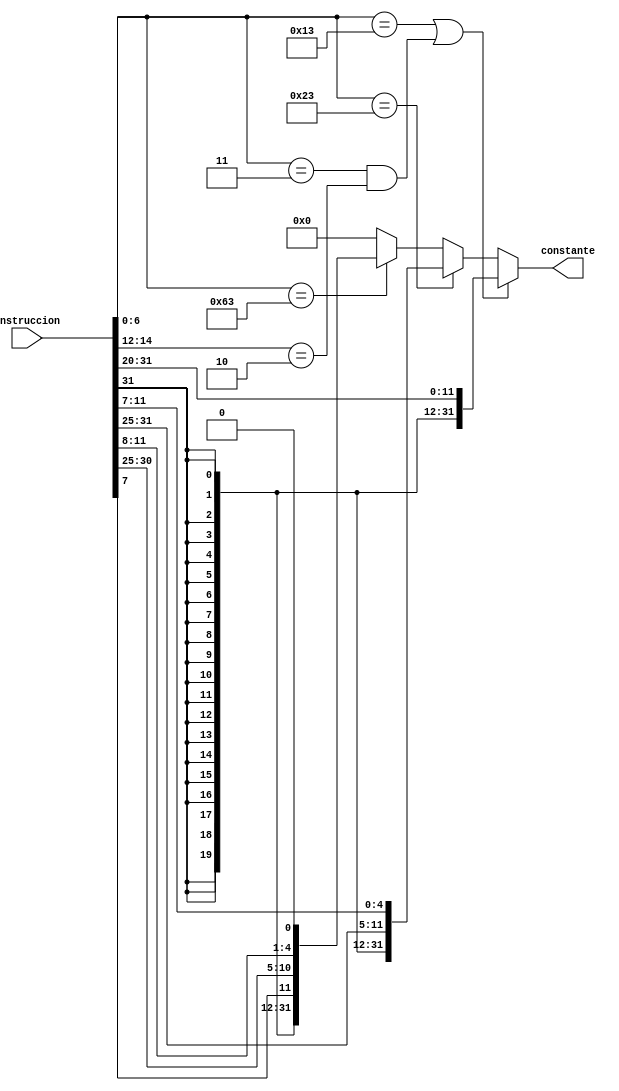

module GENERADOR_CONSTANTE(
    input wire [31:0] instruccion, // Ingresso dell'istruzione
    output wire [31:0] constante // Uscita della costante immediata
);

    // Dichiarazione dei segnali interni
    wire [11:0] I_imm; // Costante immediata di tipo I
    wire [11:0] S_imm; // Costante immediata di tipo S
    wire [6:0] opcode; // Codice operativo dell'istruzione

    // Assegnazione dei segnali interni in base al formato dell'istruzione
    assign I_imm = instruccion[31:20]; // Bit [31:20] dell'istruzione
    assign S_imm = {instruccion[31:25], instruccion[11:7]}; // Bit [31:25] e [11:7] dell'istruzione
    assign opcode= instruccion[6:0];

    // Logica di selezione della costante immediata in base al tipo di istruzione
    assign constante =  (opcode == 7'b0010011 || (opcode == 7'b0000011 && instruccion[14:12] == 3'b010) ) ? { {20{I_imm[11]}}, I_imm } : // Tipo I sin load y con loads
                        (opcode == 7'b0100011) ? { {20{S_imm[11]}}, S_imm } :
                        (opcode == 7'b1100011) ? { {20{S_imm[11]}}, S_imm[0] ,S_imm[10:5], S_imm[4:1], 1'b0 } :
                        32'b0;
endmodule